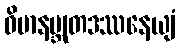
ဝိမာနဗ္ဘုတဒဿနေယျံ